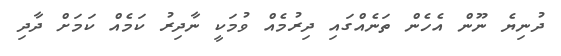
ދުނިޔެ ނޫން އެހެން ތަނެއްގައި ދިރުމެއް ވުމަކީ ނާދިރު ކަމެއް ކަމަށް ދާދި